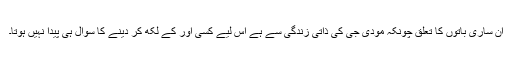
ان ساری باتوں کا تعلق چونکہ مودی جی کی ذاتی زندگی سے ہے اس لیے کسی اور کے لکھ کر دینے کا سوال ہی پیدا نہیں ہوتا۔